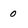
Character: 0